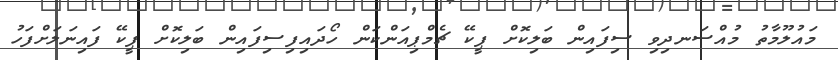
މައުލޫމާތު މުއްސަނދިވި ސިފައިން ބަލިކޮށް ޕީކޭ ޗެމްޕިއަންކަން ހޯދައިފިސިފައިން ބަލިކޮށް ޕީކޭ ފައިނަލަށްފަހު